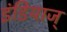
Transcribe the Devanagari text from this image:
इंडियाज्